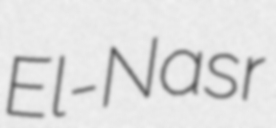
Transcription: El-Nasr